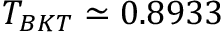
T _ { B K T } \simeq 0 . 8 9 3 3